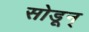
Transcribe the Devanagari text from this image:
सोडून्